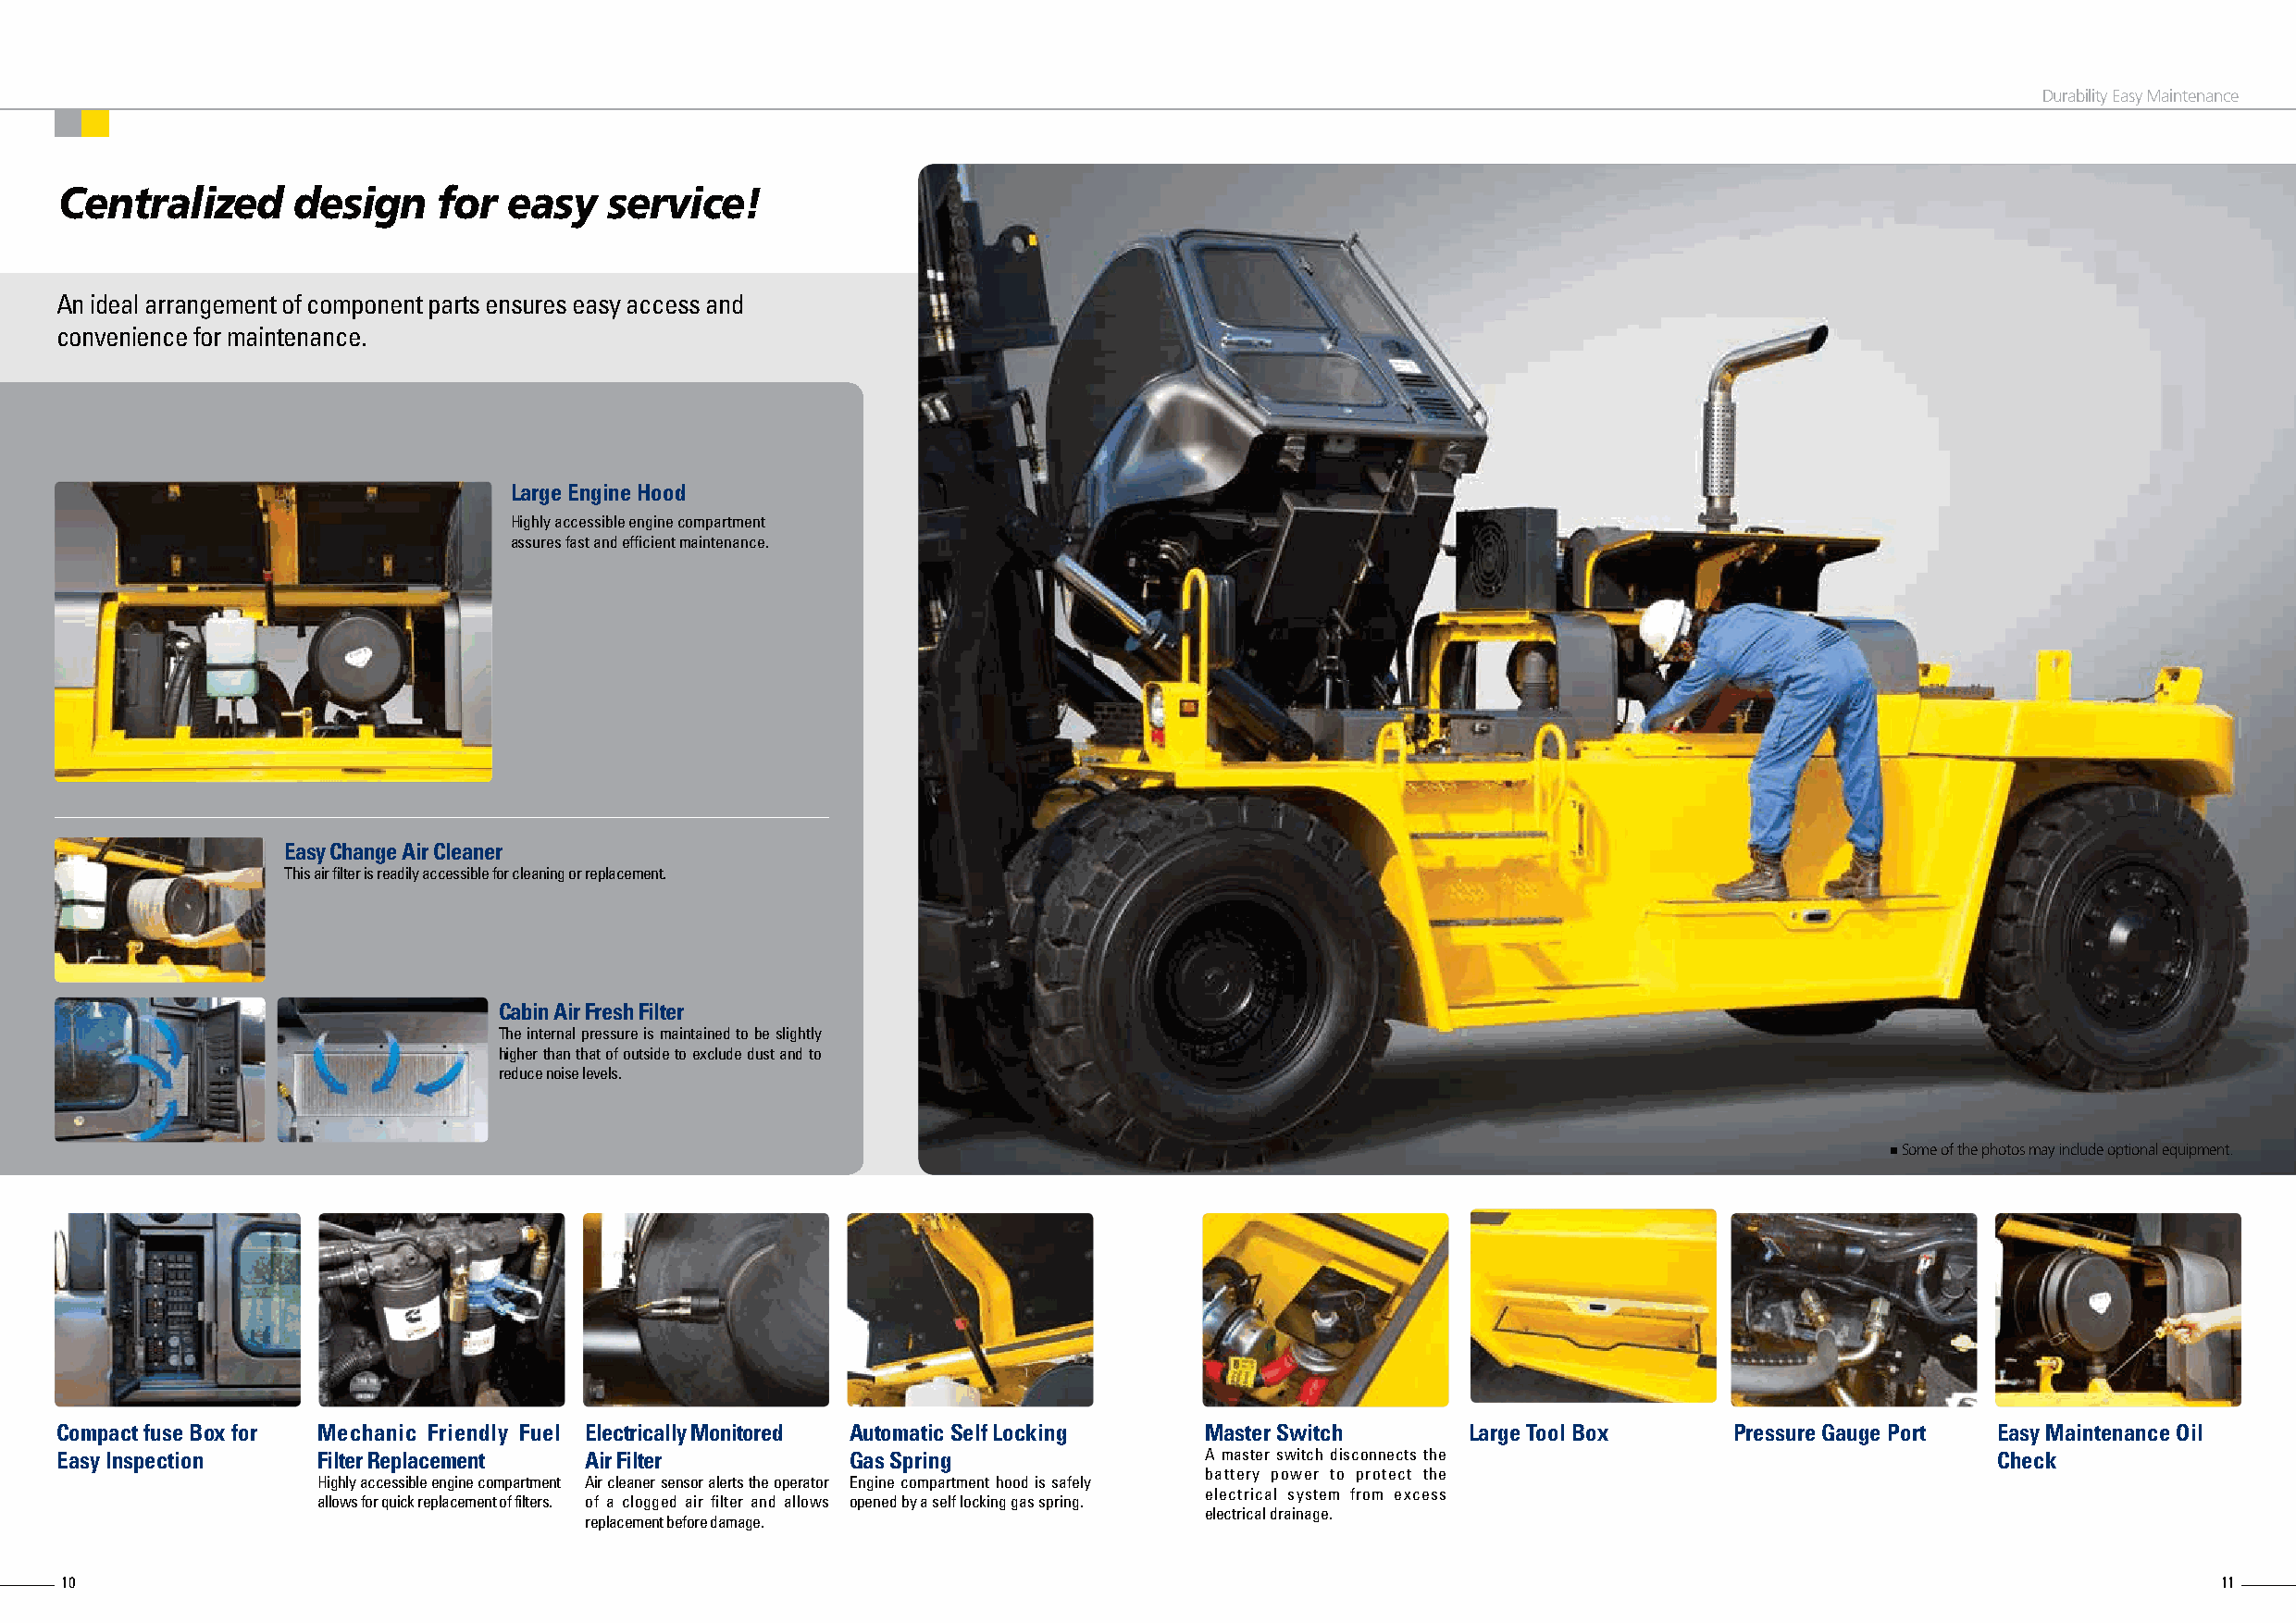
Durability Easy Maintenance
 Centralized      design    for  easy   service!
 An ideal arrangement of component parts ensures easy access and
 convenience for maintenance.
 Large Engine Hood
 Highly accessible engine compartment
 assures fast and efficient maintenance.
 Easy Change Air Cleaner
 This air filter is readily accessible for cleaning or replacement.
 Cabin Air Fresh Filter
 The internal pressure is maintained to be slightly
 higher than that of outside to exclude dust and to
 reduce noise levels.
 Some of the photos may include optional equipment.
 Compact fuse Box for Mechanic Friendly Fuel Electrically Monitored Automatic Self Locking Master Switch Large Tool Box  Pressure Gauge Port Easy Maintenance Oil
 Easy Inspection    Filter Replacement Air Filter         Gas Spring               A master switch disconnects the                          Check
 battery power to protect the
 Highly accessible engine compartment Air cleaner sensor alerts the operator Engine compartment hood is safely
 electrical system from excess
 allows for quick replacement of filters. of a clogged air filter and allows opened by a self locking gas spring.
 electrical drainage.
 replacement before damage.
 10                                                                                                                                                         11